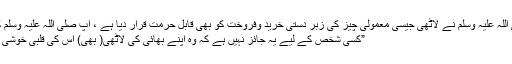
آنحضور صلی اللہ علیہ وسلم نے لاٹھی جیسی معمولی چیز کی زبر دستی خرید وفروخت کو بھی قابل حرمت قرار دیا ہے ، آپ صلی اللہ علیہ وسلم کا اِرشاد ہے :
”کسی شخص کے لیے یہ جائز نہیں ہے کہ وہ اپنے بھائی کی لاٹھی( بھی) اس کی قلبی خوشی کے بغیر لے۔